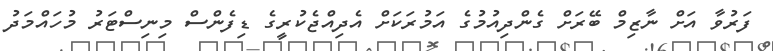
ފަރުވާ އަށް ނާޒިމް ބޭރަށް ގެންދިއުމުގެ އަމުރަކަށް އެދިއްޖެކުރީގެ ޑިފެންސް މިނިސްޓަރު މުހައްމަދު